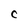
Character: C